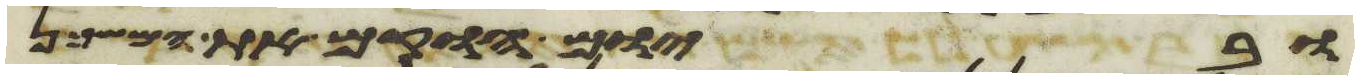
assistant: וביום הוקם את המשכן